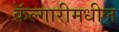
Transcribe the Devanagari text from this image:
कॅल्गारीमधील